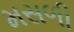
મસળી